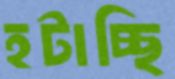
হটাচ্ছি